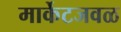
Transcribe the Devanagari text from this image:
मार्केटजवळ